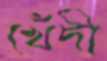
খেঁদী